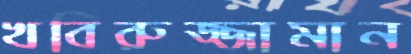
খবিরুজ্জামান